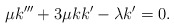
\begin{align*} \mu k'''+3\mu k k'-\lambda k'=0.\end{align*}